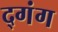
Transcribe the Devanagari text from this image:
द्गंग